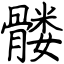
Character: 髅